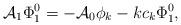
LaTeX: \begin{align*}\mathcal{A}_{1}\Phi_{1}^{0} = -\mathcal{A}_{0}\phi_{k} - kc_{k}\Phi_{1}^{0},\end{align*}